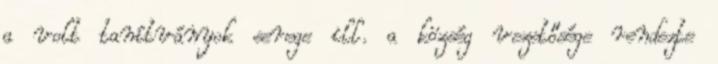
a volt tanítványok serege ill. a község vezetősége rendezte